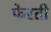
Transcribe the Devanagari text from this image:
फेरती